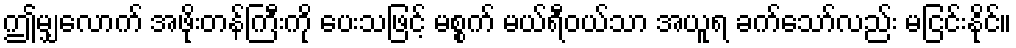
ဤမျှလောက် အဖိုးတန်ကြီးကို ပေးသဖြင့် မစ္စက် မယ်ရီဝယ်သာ အယူရ ခက်သော်လည်း မငြင်းနိုင်။